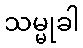
သမ္မုခါ